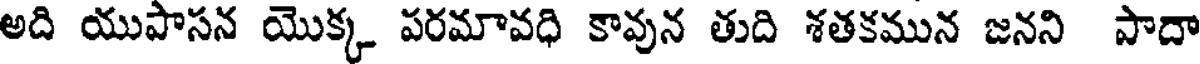
అది యుపాసన యొక్క పరమావధి కావున తుది శతకమున జనని పాదా